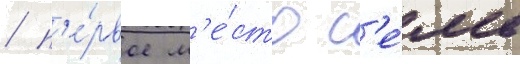
/ п'е́рвое м'е́сто с'е́мь